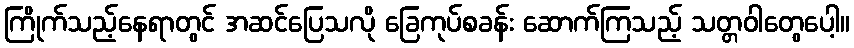
ကြိုက်သည့်နေရာတွင် အဆင်ပြေသလို ခြေကုပ်စခန်း ဆောက်ကြသည့် သတ္တဝါတွေပေါ့။